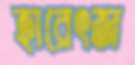
হারেৎজ